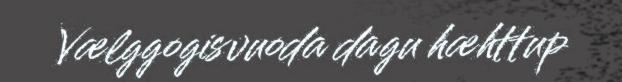
Vælggogisvuoda dagu hæhttup